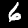
Digit: 6